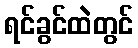
ရင်ခွင်ထဲတွင်